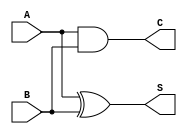
module HA(
    input A,
    input B,
    output S,   //sum
    output C    //carry
);

    assign S = A^B; //xor
    assign C = A&B; //and
endmodule